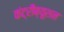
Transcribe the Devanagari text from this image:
कंट्रीब्यूशन